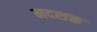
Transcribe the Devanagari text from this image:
मदशक्त